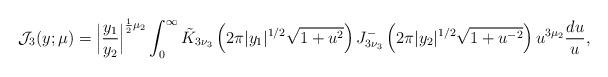
LaTeX: \begin{align*} \mathcal{J}_{3}(y; \mu) = \Bigl| \frac{y_1}{y_2}\Bigr|^{\frac{1}{2}\mu_2} \int_0^\infty \tilde{K}_{3\nu_3 }\left(2\pi |y_1|^{1/2}\sqrt{1+u^2}\right) J^{-}_{3\nu_3}\left(2\pi |y_2|^{1/2}\sqrt{1+u^{-2}}\right) u^{3\mu_2} \frac{du}{u}, \end{align*}